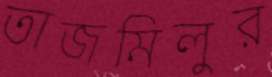
তাজমিলুর